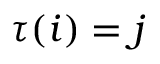
\tau ( i ) = j